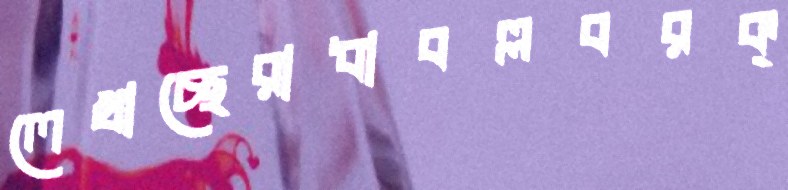
লেখাচ্ছেরাধাবল্লবরক্